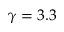
\gamma = 3 . 3